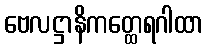
ဗေလဋ္ဌာနိကတ္ထေရဂါထာ